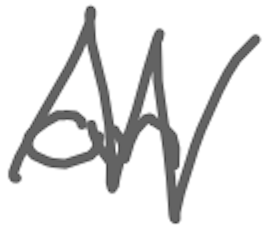
Text: an
Cross-out: zig-zag
Writing tool: digital_gray